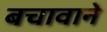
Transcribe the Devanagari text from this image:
बचावाने